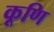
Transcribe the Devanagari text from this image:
कूणि